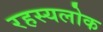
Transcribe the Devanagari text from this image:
रहस्यलोक